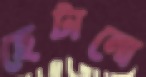
ছেটানো